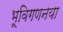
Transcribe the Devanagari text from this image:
भूविगणनया